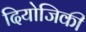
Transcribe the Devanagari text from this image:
दियोजिकी